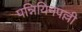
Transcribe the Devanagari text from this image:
पन्नियिनपल्ली